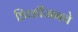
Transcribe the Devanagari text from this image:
डिव्हीजनचे